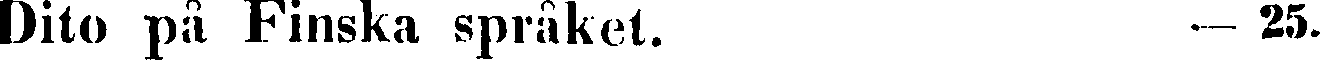
Dito på Finska språket. — 25.